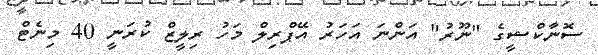
ސޮނާކްޝީގެ "ނޫރު" އަންނަ އަހަރު އޭޕްރިލް މަހު ރިލީޒް ކުރަނީ 40 މިނެޓް